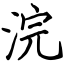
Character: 浣